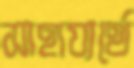
সাহায্যর্থে